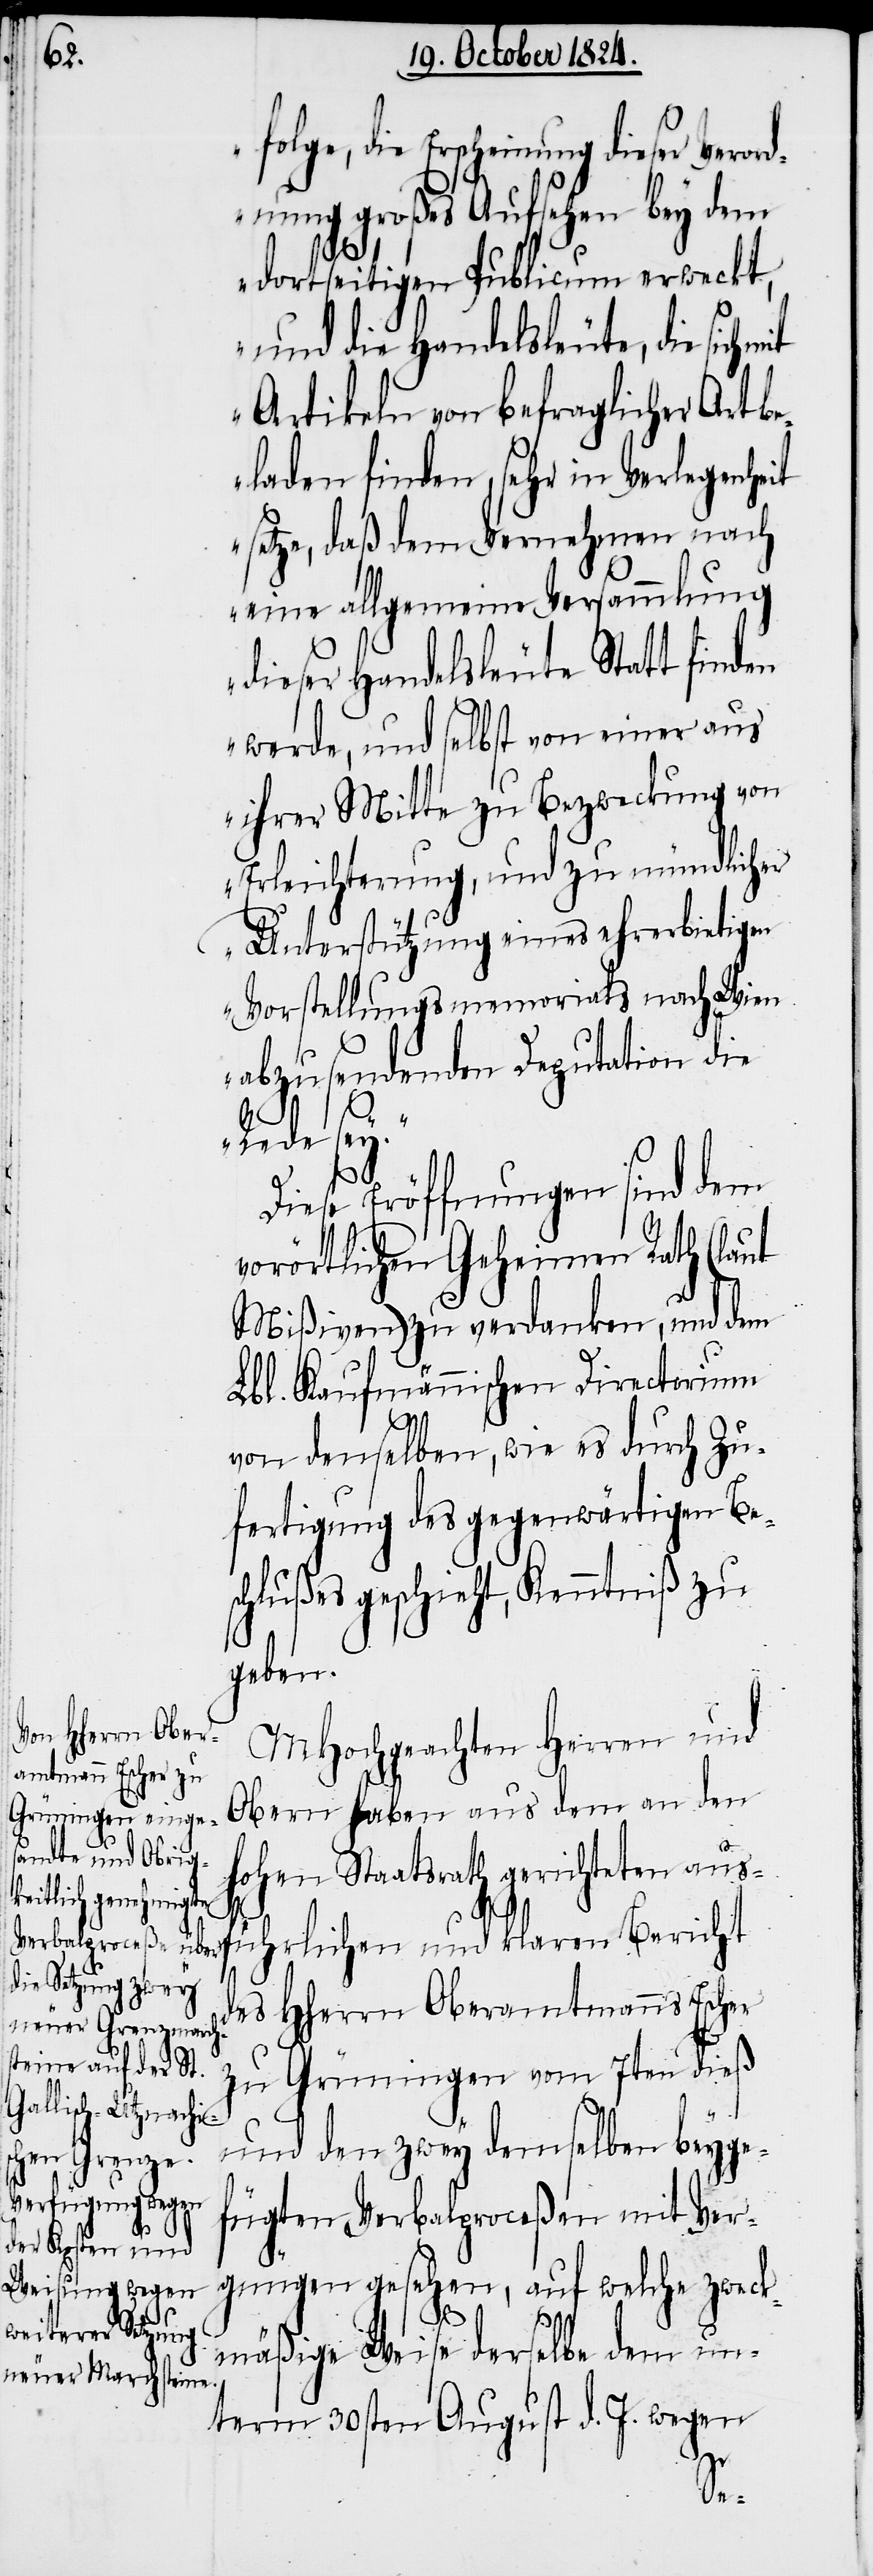
folge, die Erscheinung dieser Veror¬
dnung großes Aufsehen bey dem
dortseitigen Publicum erweckt,
und die Handelsleute, die sich
Artikeln von befraglicher Art b¬
eladen finden, sehr in Verlegenheit
setze, daß dem Vernehmen nach
eine allgemeine Versammlung
dieser Handelsleute Statt finden
werde, und selbst von einer aus
ihrer Mitte zu Bezweckung von
Erleichterung, und zu mündlicher
Unterstützung eines ehrerbietigen
Vorstellungsmemorials nach Wien
abzusendenden Deputation die
sey.“
Diese Eröffnungen sind dem
vorörtlichen Geheimen Rath (laut
Mißiven) zu verdanken, und dem
Lbl. Kaufmännischen Directorium
von denselben, wie es durch Zu¬
fertigung des gegenwärtigen Be¬
schlußes geschieht, Kenntniß zu
geben.
MHochgeachten Herren und
Obern haben aus dem an den
hohen Staatsrath gerichteten aus¬
Rede
führlichen und klaren Bericht
des HHerrn Oberamtmanns Escher
zu Grüningen vom 7ten dieß
und den zwey demselben beyge¬
fügten Verbalproceßen mit Ver¬
gnügen gesehen, auf welche zweck¬
mäßige Weise derselbe dem un¬
term 30sten August d. J. wegen